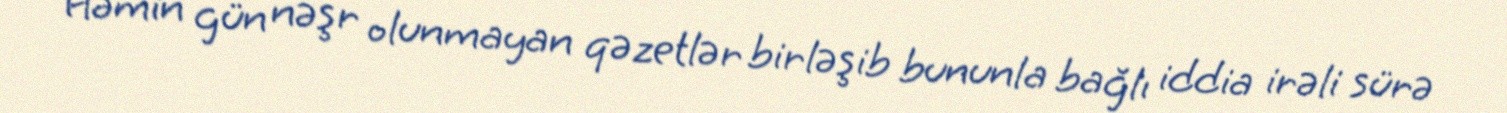
Həmin gün nəşr olunmayan qəzetlər birləşib bununla bağlı iddia irəli sürə